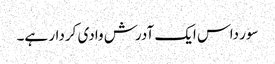
سور داس ایک آدرش وادی کردار ہے۔